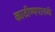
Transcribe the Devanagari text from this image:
काठीण्यपातळी